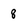
Character: 8